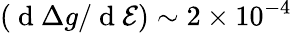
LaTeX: (\mathrm{~d~}\Delta g/\mathrm{~d~}\mathcal{E})\sim 2\times 10^{-4}